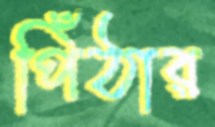
পিঁঠার